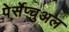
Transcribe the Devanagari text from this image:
पेर्सेप्चुअल